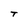
Character: t